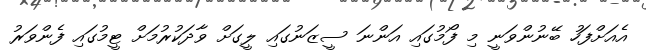
އެއަށްފަހު ބޭނުންވަނީ މި ފޯމުގައި އަންނަ ސީޒަނުގައި ލީގަށް ވާދަކުރުމަށް ޓީމުގައި ފެންވަރު